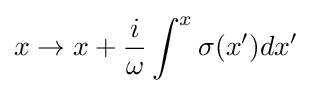
x\to x+{\frac {i}{\omega }}\int ^{x}\sigma (x')dx'